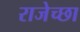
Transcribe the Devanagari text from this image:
राजेच्छा